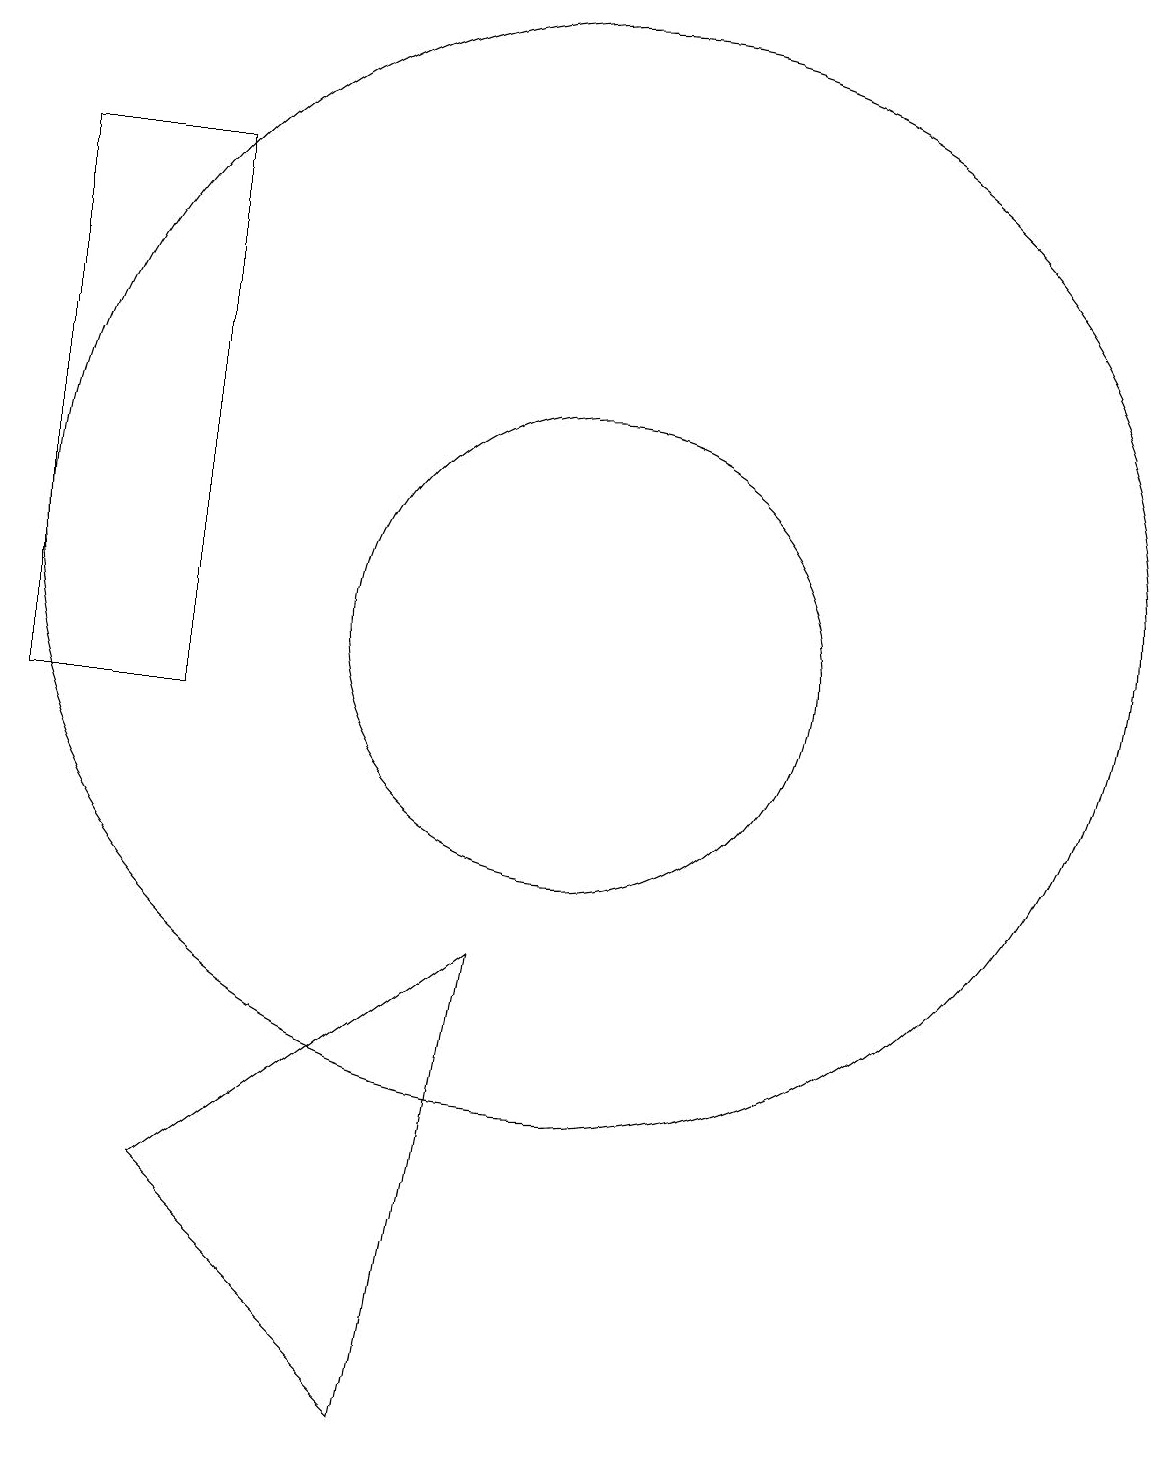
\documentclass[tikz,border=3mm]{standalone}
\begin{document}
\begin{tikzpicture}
\draw (11,10) circle (0);
\draw (10,12) circle (7);
\draw (10,11) circle (3);
\draw (5,17) rectangle (3,10);
\draw (8,1) -- (9,7) -- (5,4) -- cycle;
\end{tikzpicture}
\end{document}